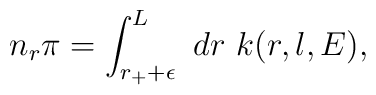
n_r\pi=\int_{r_++\epsilon}^L~dr~k(r, l, E),